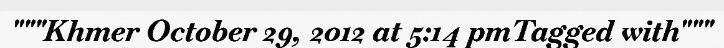
"""Khmer October 29, 2012 at 5:14 pmTagged with"""